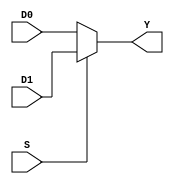
`timescale 1ns / 1ps
//////////////////////////////////////////////////////////////////////////////////
// Company: 
// Engineer: 
// 
// Design Name: 
// Module Name: multiplexer
// Project Name: 
// Target Devices: 
// Tool Versions: 
// Description: 
// 
// Dependencies: 
// 
// Revision:
// Revision 0.01 - File Created
// Additional Comments:
// 
//////////////////////////////////////////////////////////////////////////////////


module Multiplexer(
    input [31:0] D0,
    input [31:0] D1,
    input S,
    output [31:0] Y
    );
    assign Y = S ? D1 : D0;
endmodule